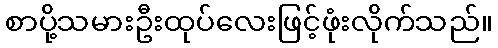
စာပို့သမားဦးထုပ်လေးဖြင့်ဖုံးလိုက်သည်။